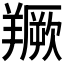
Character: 𦏅